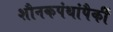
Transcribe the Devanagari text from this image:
शौनकपंथांपैकीं